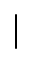
|